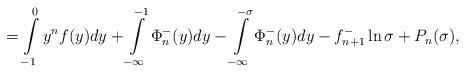
LaTeX: \begin{align*} = \int\limits_{-1}^{0} y^{n} f(y) dy + \int\limits_{-\infty}^{-1}\Phi^-_n(y)dy -\int\limits_{-\infty}^{-\sigma} \Phi^-_n(y)dy - f^-_{n+1} \ln\sigma + P_n(\sigma), \end{align*}